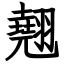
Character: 翹